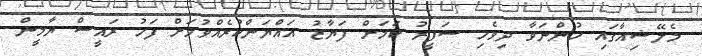
މެލޭޝިއާގައި ހުންނަވާ ދިވެހި ސަފީރު ކަމަށް ފަޔާޒު އައްޔަންކުރެއްވުމަށް ފަހު ރައީސް ޔާމީން